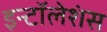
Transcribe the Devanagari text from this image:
इन्टॉलेशंस